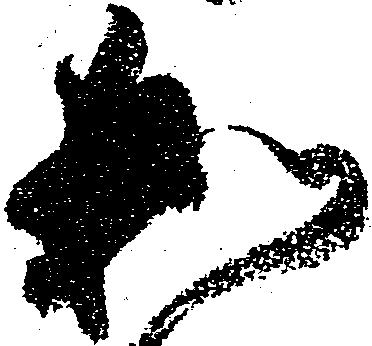
和